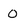
Character: 0